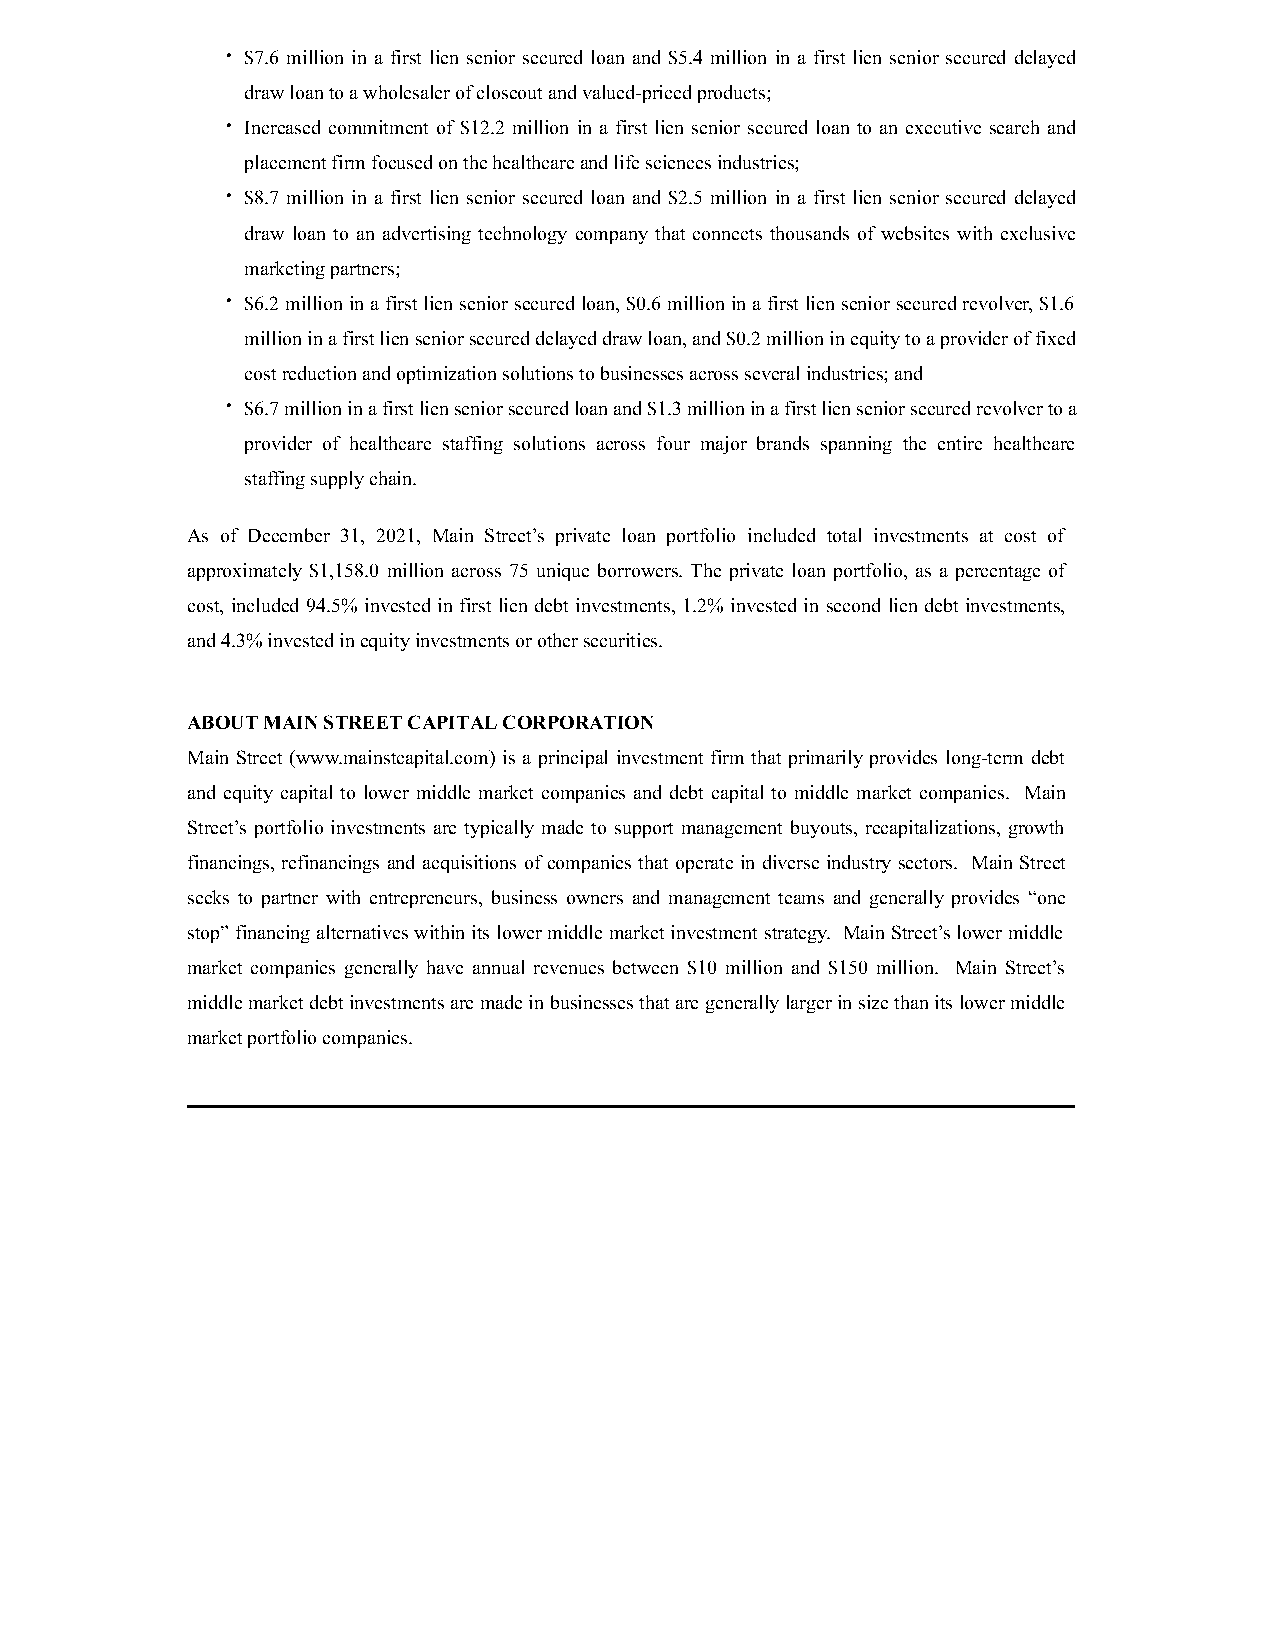
• $7.6 million in a first lien senior secured loan and $5.4 million in a first lien senior secured delayed
 draw loan to a wholesaler of closeout and valued-priced products;
 • Increased commitment of $12.2 million in a first lien senior secured loan to an executive search and
 placement firm focused on the healthcare and life sciences industries;
 • $8.7 million in a first lien senior secured loan and $2.5 million in a first lien senior secured delayed
 draw loan to an advertising technology company that connects thousands of websites with exclusive
 marketing partners;
 • $6.2 million in a first lien senior secured loan, $0.6 million in a first lien senior secured revolver, $1.6
 million in a first lien senior secured delayed draw loan, and $0.2 million in equity to a provider of fixed
 cost reduction and optimization solutions to businesses across several industries; and
 • $6.7 million in a first lien senior secured loan and $1.3 million in a first lien senior secured revolver to a
 provider of healthcare staffing solutions across four major brands spanning the entire healthcare
 staffing supply chain.
 As of December 31, 2021, Main Street’s private loan portfolio included total investments at cost of
 approximately $1,158.0 million across 75 unique borrowers. The private loan portfolio, as a percentage of
 cost, included 94.5% invested in first lien debt investments, 1.2% invested in second lien debt investments,
 and 4.3% invested in equity investments or other securities.
 ABOUT MAIN STREET CAPITAL CORPORATION
 Main Street (www.mainstcapital.com) is a principal investment firm that primarily provides long-term debt
 and equity capital to lower middle market companies and debt capital to middle market companies. Main
 Street’s portfolio investments are typically made to support management buyouts, recapitalizations, growth
 financings, refinancings and acquisitions of companies that operate in diverse industry sectors. Main Street
 seeks to partner with entrepreneurs, business owners and management teams and generally provides “one
 stop” financing alternatives within its lower middle market investment strategy. Main Street’s lower middle
 market companies generally have annual revenues between $10 million and $150 million. Main Street’s
 middle market debt investments are made in businesses that are generally larger in size than its lower middle
 market portfolio companies.